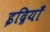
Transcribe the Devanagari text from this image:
इद्रियाँ